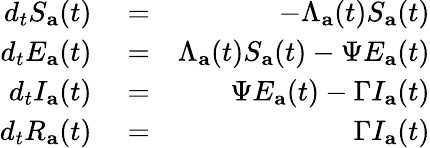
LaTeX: \begin{array}{rlr}{d_{t}S_{\mathbf{a}}(t)}&{{}=}&{-\Lambda_{\mathbf{a}}(t)S_{\mathbf{a}}(t)}\\ {d_{t}E_{\mathbf{a}}(t)}&{{}=}&{\Lambda_{\mathbf{a}}(t)S_{\mathbf{a}}(t)-\Psi E_{\mathbf{a}}(t)}\\ {d_{t}I_{\mathbf{a}}(t)}&{{}=}&{\Psi E_{\mathbf{a}}(t)-\Gamma I_{\mathbf{a}}(t)}\\ {d_{t}R_{\mathbf{a}}(t)}&{{}=}&{\Gamma I_{\mathbf{a}}(t)}\end{array}